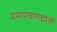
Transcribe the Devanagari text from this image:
ममापचाराद्यातो